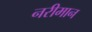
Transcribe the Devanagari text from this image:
नरीमान